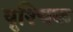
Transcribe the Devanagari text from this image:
वृश्‍चिक